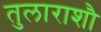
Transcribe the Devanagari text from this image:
तुलाराशौ